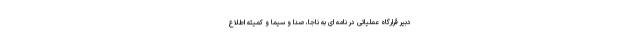
دبیر قرارگاه عملیاتی در نامه ای به ناجا، صدا و سیما و کمیته اطلاع